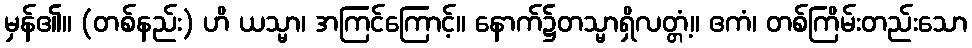
မှန်၏။ (တစ်နည်း) ဟိ ယသ္မာ၊ အကြင်ကြောင့်။ နောက်၌တသ္မာရှိလတ္တံ့။ ဧကံ၊ တစ်ကြိမ်းတည်းသော